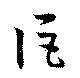
詎